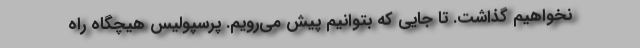
نخواهیم گذاشت. تا جایی که بتوانیم پیش می‌رویم. پرسپولیس هیچگاه راه